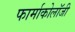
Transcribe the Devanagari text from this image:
फार्माकोलॉजी